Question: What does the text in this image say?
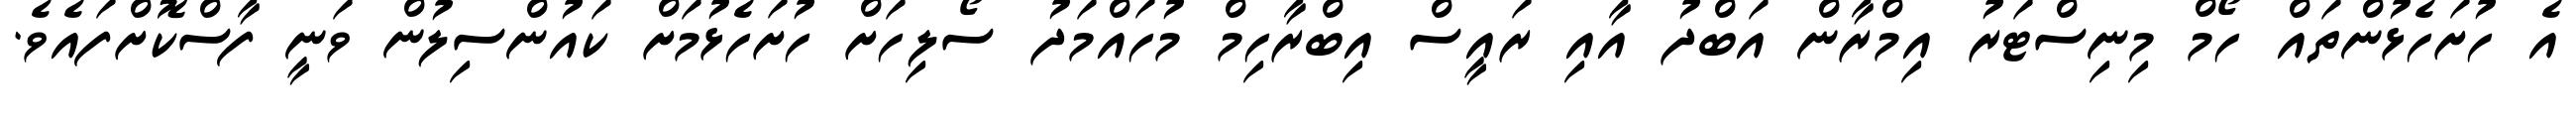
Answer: އެ ހުށަހެޅުންތައް ހޯމް މިނިސްޓަރު އިމްރާން އަބްދު އާއި ރައީސް އިބްރާހިމް މުހައްމަދު ސޯލިހަށް ހުށަހެޅުމަށް ކައުންސިލުން ވަނީ ފާސްކޮށްފައެވެ.